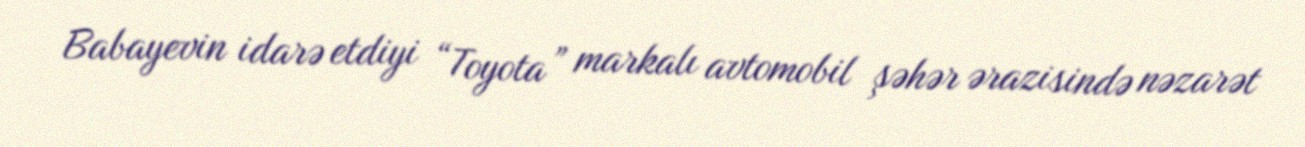
Babayevin idarə etdiyi “Toyota” markalı avtomobil şəhər ərazisində nəzarət